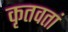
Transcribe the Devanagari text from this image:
कृतवतां